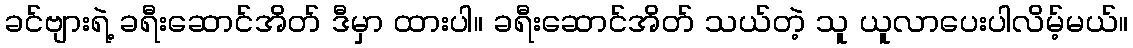
ခင်ဗျားရဲ့ ခရီးဆောင်အိတ် ဒီမှာ ထားပါ။ ခရီးဆောင်အိတ် သယ်တဲ့ သူ ယူလာပေးပါလိမ့်မယ်။